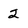
Character: 2